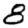
Digit: 8